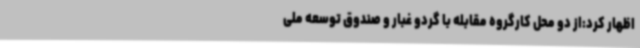
اظهار کرد:از دو محل کارگروه مقابله با گردو غبار و صندوق توسعه ملی